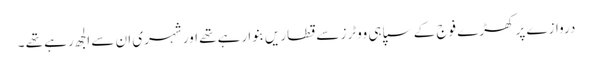
دروازے پر کھڑے فوج کے سپاہی ووٹرز سے قطاریں بنوا رہے تھے اور شہری ان سے الجھ رہے تھے ۔